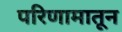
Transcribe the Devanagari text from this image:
परिणामातून